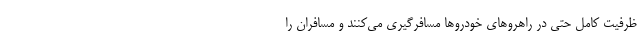
ظرفیت کامل حتی در راهروهای خودروها مسافرگیری می‌کنند و مسافران را